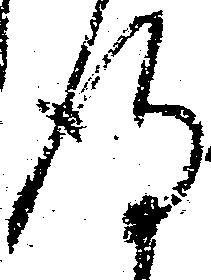
得